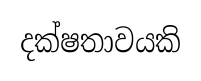
දක්ෂතාවයකි